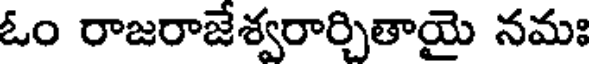
ఓం రాజరాజేశ్వరార్చితాయై నమః